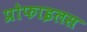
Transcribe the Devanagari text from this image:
प्रोफाइलस